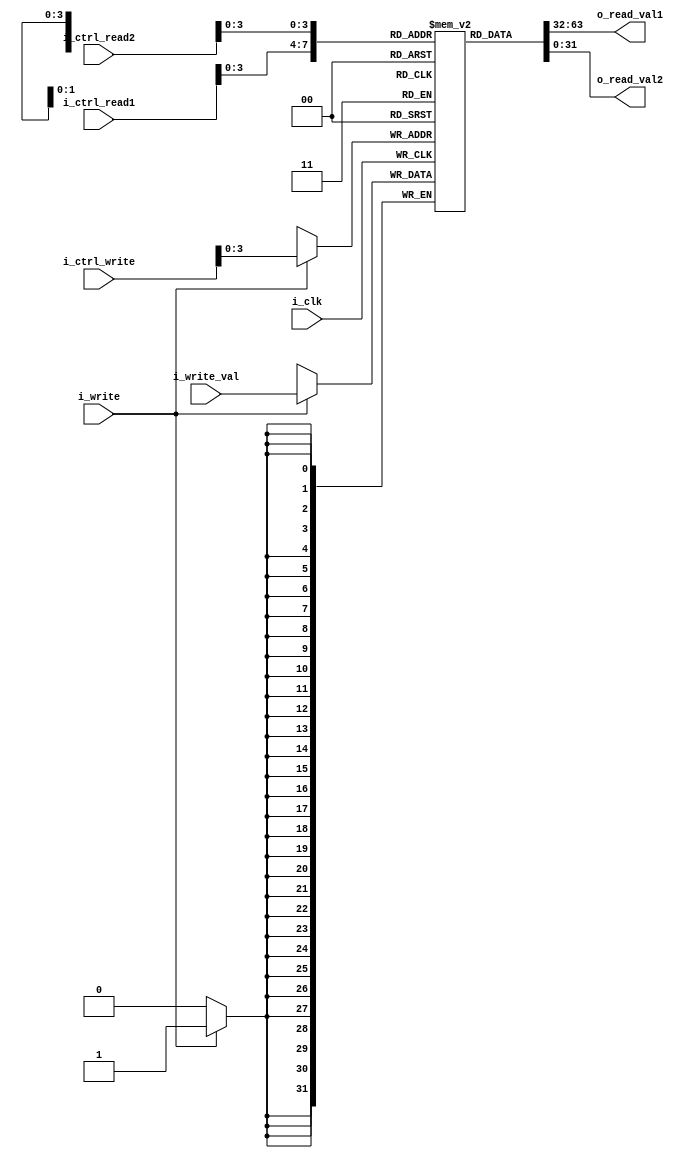
`ifndef REGISTER_FILE_V
`define REGISTER_FILE_V

`define EAX 5'd0
`define EBX 5'd1
`define ECX 5'd2
`define EDX 5'd3
`define ESI 5'd4
`define EDI 5'd5
`define EBP 5'd6
`define ESP 5'd7

`define CS 5'd8
`define DS 5'd9
`define SS 5'd10
`define ES 5'd11
`define FS 5'd12
`define GS 5'd13

`define REG_CTRL 5'd14
`define INSTR_PTR 5'd15

`define NUM_REGISTERS 16

module register_file(
    input i_clk,
    input i_write,
    input[4:0] i_ctrl_read1,
    output[31:0] o_read_val1,
    input[4:0] i_ctrl_read2,
    output[31:0] o_read_val2,
    input[4:0] i_ctrl_write, 
    input[31:0] i_write_val);

    reg[31:0] registers[`NUM_REGISTERS-1:0];
    reg[31:0] o_read[1:0];

    assign o_read_val1 = o_read[0];
    assign o_read_val2 = o_read[1];

    integer k;
    initial begin
        for (k = 0; k < `NUM_REGISTERS; k = k + 1) begin
            registers[k] = 0;
        end
    end

    always @(i_clk or i_ctrl_read1 or i_ctrl_read2) begin
        o_read[0] = registers[i_ctrl_read1];
        o_read[1] = registers[i_ctrl_read2];
    end

    always @(negedge i_clk) begin
        if (i_write == 1) begin
            registers[i_ctrl_write] = i_write_val;
        end
    end

endmodule
`endif